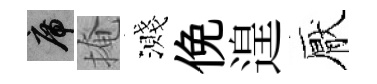
席掩濺俛遑厭